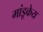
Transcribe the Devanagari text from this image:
मांडूकेय